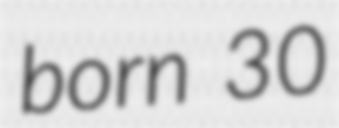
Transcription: born 30